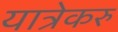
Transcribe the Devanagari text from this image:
यात्रेकरु